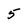
Character: 5